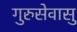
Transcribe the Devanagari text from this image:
गुरुसेवासु